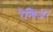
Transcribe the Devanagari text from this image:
रैन्विअर